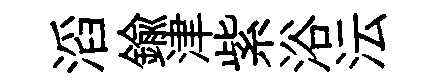
滔鍮津紫浴沄